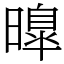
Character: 曍